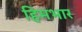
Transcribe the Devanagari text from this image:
हिमभार